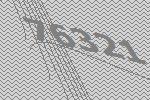
76321